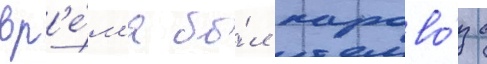
вр'е́м'я бы́л парово́з с